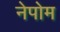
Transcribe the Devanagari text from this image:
नेपोम